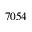
7 0 5 4